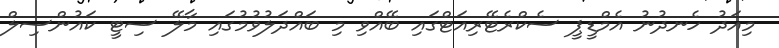
މިއަދު ހެނދުނު އެމްޑީޕީ ސެކްރެޓޭރިއަޓްގައި ބޭއްވި މި ބައްދަލުވުމުގައި މާލޭ ސިޓީ ކައުންސިލް